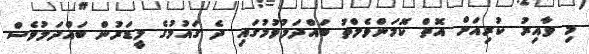
މި ވާއިރު ކުރިއަށް އޮތް ކޮމަންވެލްތު ބައްދަލުވުމުގައި ދެ ގައުމުގެ ލީޑަރުން ބައްދަލުވެސް